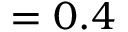
= 0 . 4